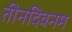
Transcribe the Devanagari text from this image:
तीनदिवनम